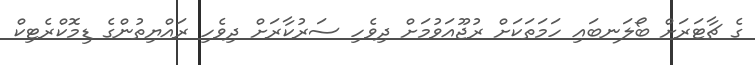
ގެ ޗާޓަރަށް ބޯލަނބައި ހަމަތަކަށް ރުޖޫއަވުމަށް ދިވެހި ސަރުކާރަށް ދިވެހި ރައްޔިތުންގެ ޑިމޮކްރެޓިކް